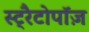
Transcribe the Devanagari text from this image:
स्ट्रैटोपॉज़